Scottish Certificate of Education, 1962
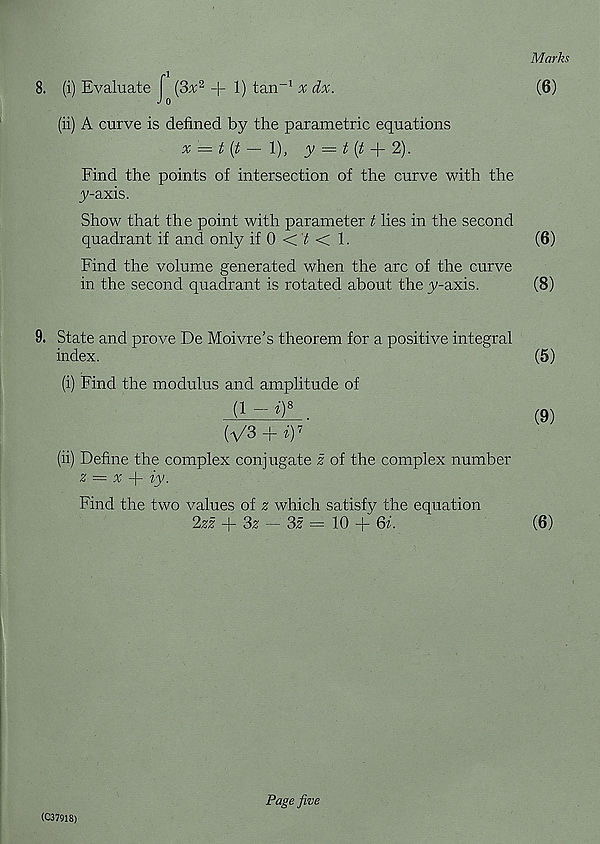
8. (i) Evaluate f (3^2 + 1) tan -1 ^ dx.
J 0
(ii) A curve is defined by the parametric equations
x = t(t - 1), y =
2).
Find the points of intersection of the curve with the
y-axis.
Show that the point with parameter t lies in the second
quadrant if and only if 0 < Y < 1.
Find the volume generated when the arc of the curve
in the second quadrant is rotated about the y-axis.
9. State and prove De Moivre’s theorem for a positive integral
index.
(i) Find the modulus and amplitude of
(1 - h) 8
(V3 + b) 7
(ii) Define the complex conjugate z of the complex number
z = x
iy.
Find the two values of z which satisfy the equation
2zz + 3z — 3z = 10 + 6i.
Marks
(6)
(6)
(8)
(5)
(9)
(6)
(C37918)
Page five